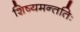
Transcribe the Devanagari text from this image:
शिष्यमन्ततिः